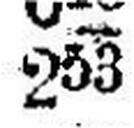
253